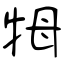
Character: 牳